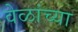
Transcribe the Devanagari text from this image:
वेळांच्या